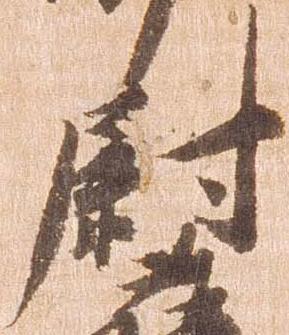
尉